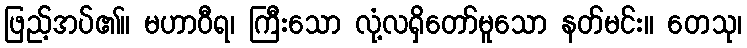
ဖြည့်အပ်၏။ မဟာဝီရ၊ ကြီးသော လုံ့လရှိတော်မူသော နတ်မင်း။ တေသု၊